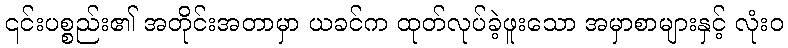
၎င်းပစ္စည်း၏ အတိုင်းအတာမှာ ယခင်က ထုတ်လုပ်ခဲ့ဖူးသော အမှာစာများနှင့် လုံးဝ